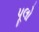
પૂલો